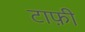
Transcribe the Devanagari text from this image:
टाफ़ी